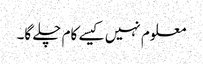
معلوم نہیں کیسے کام چلے گا۔